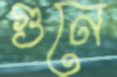
গুনে